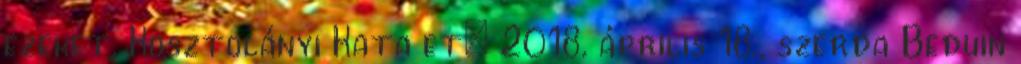
ezeket. Kosztolányi Kata et; 2018. április 18., szerda Beduin